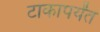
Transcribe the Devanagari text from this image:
टाकापर्यंत